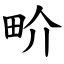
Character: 畍